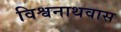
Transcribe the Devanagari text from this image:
विश्वनाथवास